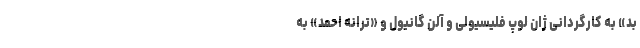
بد» به کارگردانی ژان لوپ فلیسیولی و آلن گانیول و «ترانه احمد» به